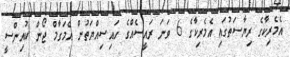
އެމެރިކާގެ ރިޔާސަތުގައި އެމެރިކާގެ 6 ވަނަ ރައީސެއްގެ ހައިސިއްޔަތުން އެމަގާމް ޖޯން ކުއިންސީ